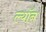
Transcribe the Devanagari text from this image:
ल्याॅन